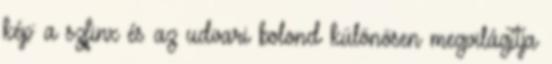
kép: a szfinx és az udvari bolond különösen megvilágítja